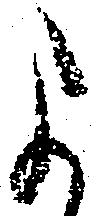
よ